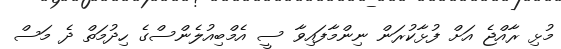
މުޅި ރާއްޖެ އަށް ފުޅާކުރަން ނިންމާފައިވާ ސީ އެމްބިއުލެންސްގެ ހިދުމަތް ދެ މަސް